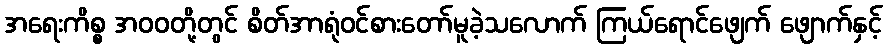
အရေးကိစ္စ အဝဝတို့တွင် စိတ်အာရုံဝင်စားတော်မူခဲ့သလောက် ကြယ်ရောင်ဖျေက် ဖျောက်နှင့်